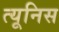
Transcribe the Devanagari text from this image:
त्यूनिस